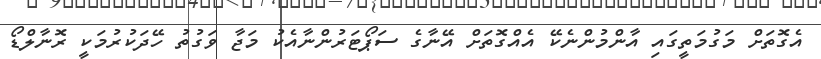
އެގޮތަށް މަގުމަތީގައި އާންމުންނެކޭ އެއްގޮތަށް އޭނާގެ ސަޕޯޓަރުންނާއެކު މަޖާ ވަގުތު ހޭދަކުރުމަކީ ރޮނާލްޑޯ